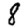
Digit: 8